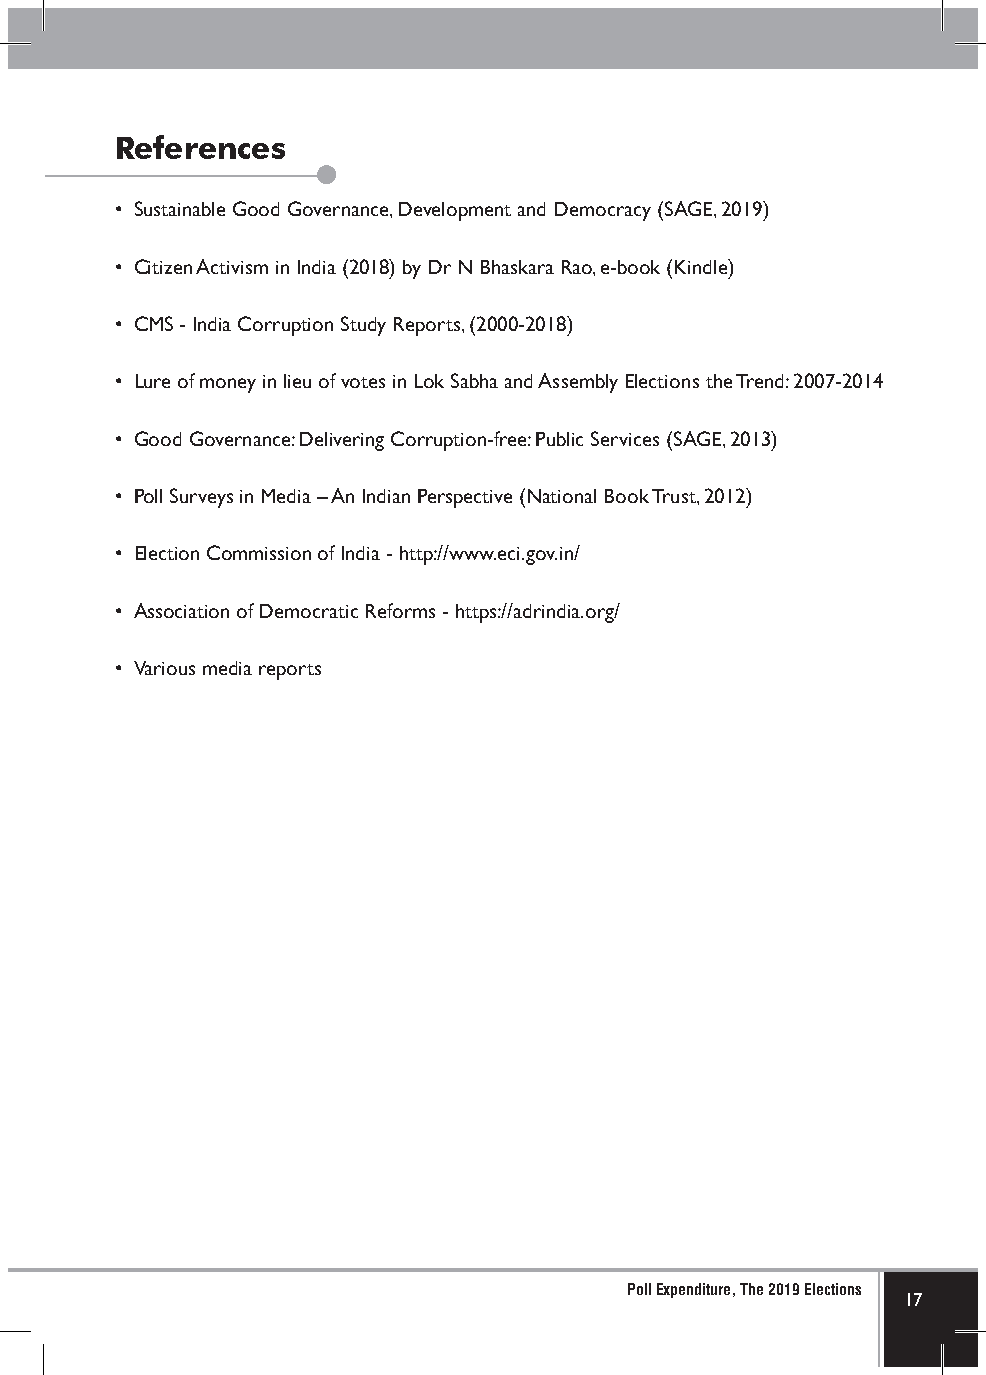
References
 • Sustainable Good Governance, Development and Democracy (SAGE, 2019)
 • Citizen Activism in India (2018) by Dr N Bhaskara Rao, e-book (Kindle)
 • CMS - India Corruption Study Reports, (2000-2018)
 • Lure of money in lieu of votes in Lok Sabha and Assembly Elections the Trend: 2007-2014
 • Good Governance: Delivering Corruption-free: Public Services (SAGE, 2013)
 • Poll Surveys in Media – An Indian Perspective (National Book Trust, 2012)
 • Election Commission of India - http://www.eci.gov.in/
 • Association of Democratic Reforms - https://adrindia.org/
 • Various media reports
 Poll Expenditure, The 2019 Elections
 17